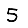
Digit: 5